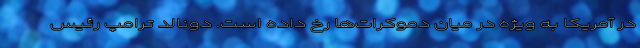
در آمریکا به ویژه در میان دموکرات‌ها رخ داده است. دونالد ترامپ رئیس